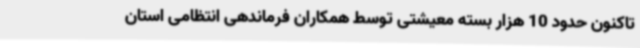
تاکنون حدود 10 هزار بسته معیشتی توسط همکاران فرماندهی انتظامی استان